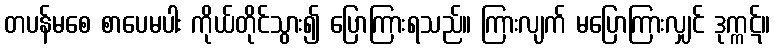
တပန်မစေ စာပေမပါး ကိုယ်တိုင်သွား၍ ပြောကြားရသည်။ ကြားလျက် မပြောကြားလျှင် ဒုက္ကဋ်။